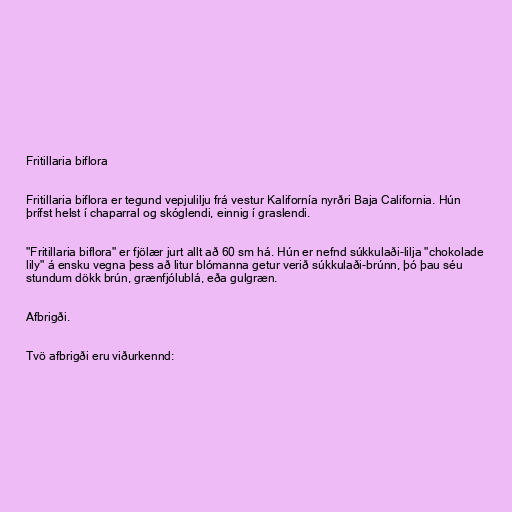
Fritillaria biflora

Fritillaria biflora er tegund vepjulilju frá vestur Kalifornía nyrðri Baja California. Hún
þrífst helst í chaparral og skóglendi, einnig í graslendi.

"Fritillaria biflora" er fjölær jurt allt að 60 sm há. Hún er nefnd súkkulaði-lilja "chokolade
lily" á ensku vegna þess að litur blómanna getur verið súkkulaði-brúnn, þó þau séu
stundum dökk brún, grænfjólublá, eða gulgræn.

Afbrigði.

Tvö afbrigði eru viðurkennd: